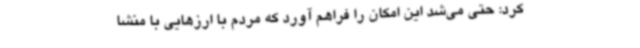
کرد: حتی می‌شد این امکان را فراهم آورد که مردم با ارزهایی با منشا